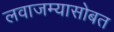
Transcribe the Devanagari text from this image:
लवाजम्यासोबत